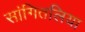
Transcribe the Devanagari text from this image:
सांगितलिया